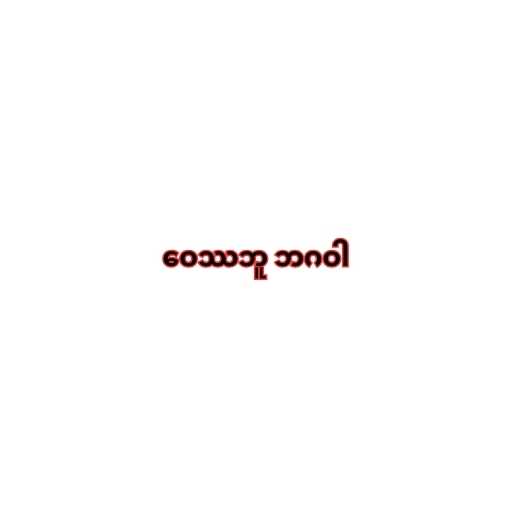
ဝေဿဘူ ဘဂဝါ